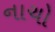
નાચો